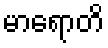
မာရောတိ